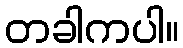
တခါကပါ။